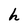
Character: h